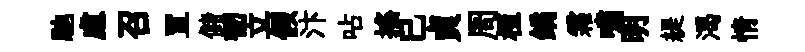
馳慮召罝儲韧立假汴呫摇已貞周桓鐍霜嘯明緹渴情